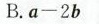
B.a-2b